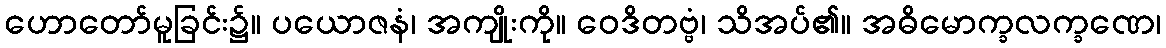
ဟောတော်မူခြင်း၌။ ပယောဇနံ၊ အကျိုးကို။ ဝေဒိတဗ္ဗံ၊ သိအပ်၏။ အဓိမောက္ခလက္ခဏေ၊